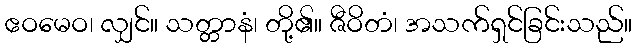
ဧဝမေဝ၊ လျှင်။ သတ္တာနံ၊ တို့၏။ ဇီဝိတံ၊ အသက်ရှင်ခြင်းသည်။